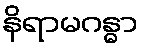
နိရာမဂန္ဓာ